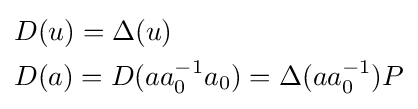
{\begin{aligned}&D(u)=\Delta (u)\\&D(a)=D(aa_{0}^{-1}a_{0})=\Delta (aa_{0}^{-1})P\end{aligned}}